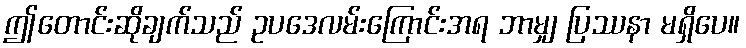
ဤတောင်းဆိုချက်သည် ဥပဒေလမ်းကြောင်းအရ ဘာမျှ ပြဿနာ မရှိပေ။